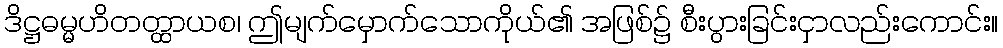
ဒိဋ္ဌဓမ္မဟိတတ္ထာယစ၊ ဤမျက်မှောက်သောကိုယ်၏ အဖြစ်၌ စီးပွားခြင်းငှာလည်းကောင်း။